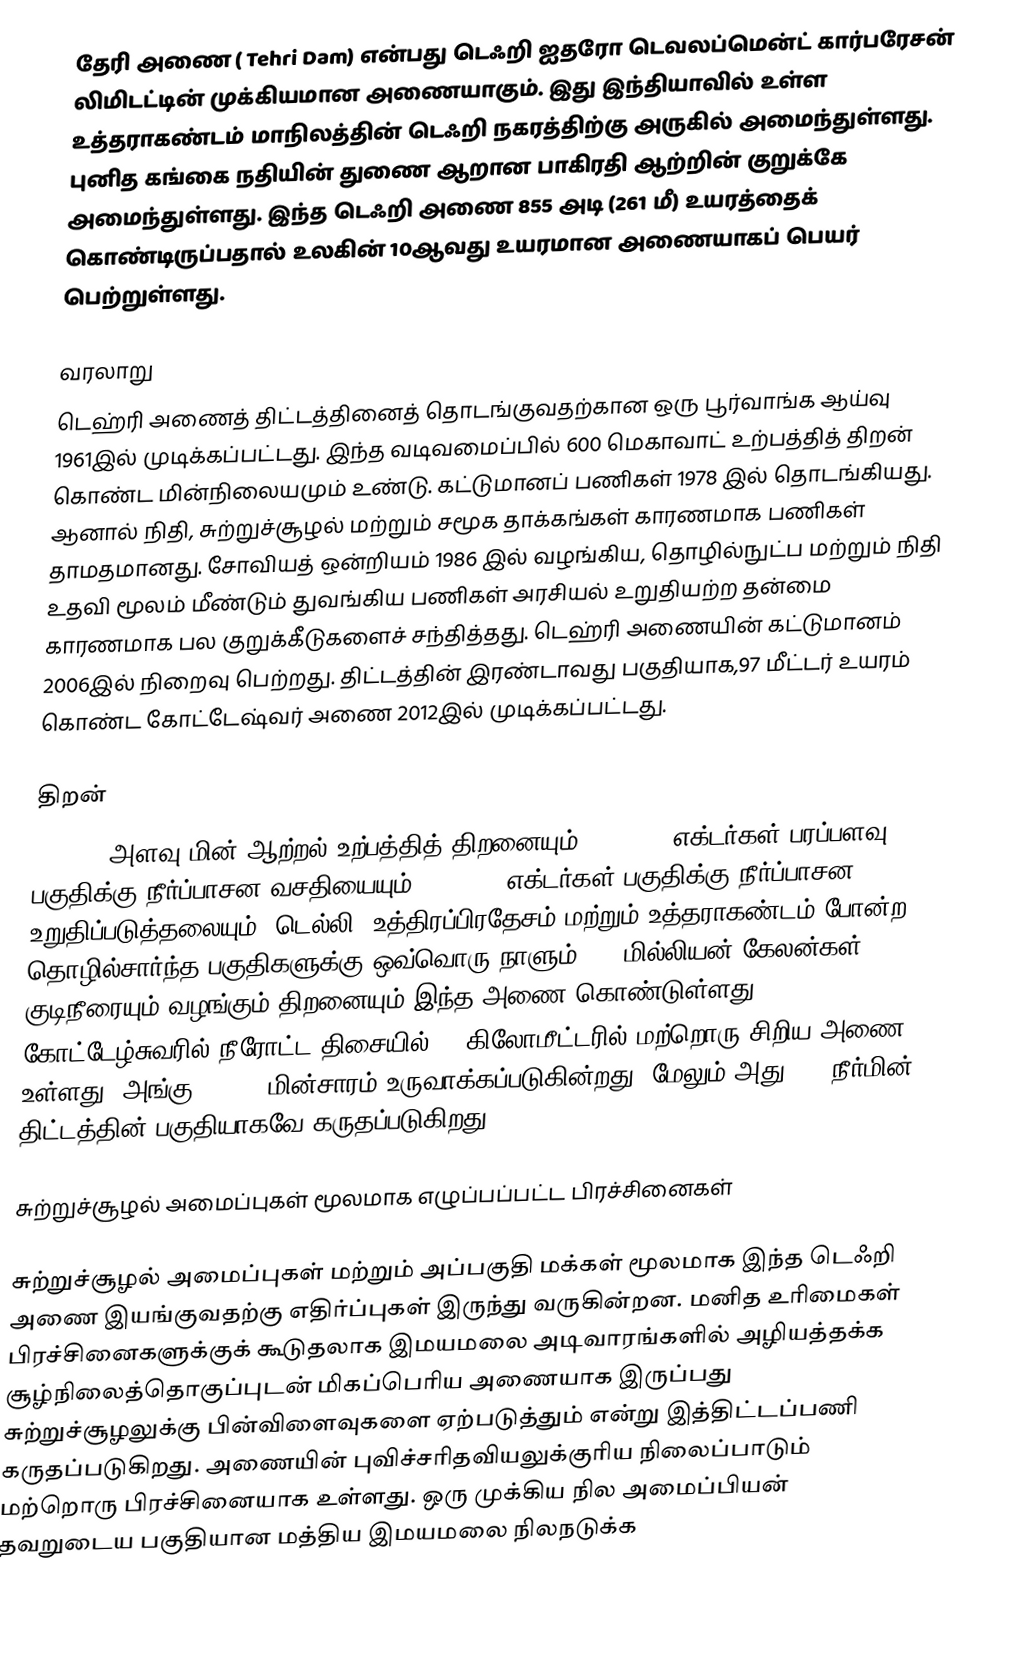
தேரி அணை ( Tehri Dam) என்பது டெஃறி ஐதரோ டெவலப்மென்ட் கார்பரேசன் லிமிடட்டின் முக்கியமான அணையாகும். இது இந்தியாவில் உள்ள உத்தராகண்டம் மாநிலத்தின் டெஃறி நகரத்திற்கு அருகில் அமைந்துள்ளது. புனித கங்கை நதியின் துணை ஆறான  பாகிரதி ஆற்றின் குறுக்கே அமைந்துள்ளது. இந்த டெஃறி அணை 855 அடி (261 மீ) உயரத்தைக் கொண்டிருப்பதால் உலகின் 10ஆவது உயரமான அணையாகப் பெயர் பெற்றுள்ளது.

வரலாறு
டெஹ்ரி அணைத் திட்டத்தினைத் தொடங்குவதற்கான ஒரு பூர்வாங்க ஆய்வு 1961இல் முடிக்கப்பட்டது. இந்த வடிவமைப்பில் 600 மெகாவாட் உற்பத்தித் திறன் கொண்ட மின்நிலையமும் உண்டு. கட்டுமானப் பணிகள் 1978 இல் தொடங்கியது. ஆனால் நிதி, சுற்றுச்சூழல் மற்றும் சமூக தாக்கங்கள் காரணமாக பணிகள் தாமதமானது. சோவியத் ஒன்றியம் 1986 இல் வழங்கிய, தொழில்நுட்ப மற்றும் நிதி உதவி மூலம் மீண்டும் துவங்கிய பணிகள் அரசியல் உறுதியற்ற தன்மை காரணமாக பல குறுக்கீடுகளைச் சந்தித்தது. டெஹ்ரி அணையின் கட்டுமானம் 2006இல் நிறைவு பெற்றது. திட்டத்தின் இரண்டாவது பகுதியாக,97 மீட்டர் உயரம் கொண்ட  கோட்டேஷ்வர் அணை 2012இல் முடிக்கப்பட்டது.

திறன்
2400 MW அளவு மின் ஆற்றல் உற்பத்தித் திறனையும், 270,000 எக்டர்கள் பரப்பளவு பகுதிக்கு நீர்ப்பாசன வசதியையும், 600,000 எக்டர்கள் பகுதிக்கு நீர்ப்பாசன உறுதிப்படுத்தலையும், டெல்லி, உத்திரப்பிரதேசம் மற்றும் உத்தராகண்டம் போன்ற தொழில்சார்ந்த பகுதிகளுக்கு ஒவ்வொரு நாளும் 270 மில்லியன் கேலன்கள் குடிநீரையும் வழங்கும் திறனையும் இந்த அணை கொண்டுள்ளது. கோட்டேழ்சுவரில் நீரோட்ட திசையில் 14 கிலோமீட்டரில் மற்றொரு சிறிய அணை உள்ளது. அங்கு 400 MW மின்சாரம் உருவாக்கப்படுகின்றது. மேலும் அது TDP நீர்மின் திட்டத்தின் பகுதியாகவே கருதப்படுகிறது.

சுற்றுச்சூழல் அமைப்புகள் மூலமாக எழுப்பப்பட்ட பிரச்சினைகள்

சுற்றுச்சூழல் அமைப்புகள் மற்றும் அப்பகுதி மக்கள் மூலமாக இந்த டெஃறி அணை இயங்குவதற்கு எதிர்ப்புகள் இருந்து வருகின்றன. மனித உரிமைகள் பிரச்சினைகளுக்குக் கூடுதலாக இமயமலை அடிவாரங்களில் அழியத்தக்க சூழ்நிலைத்தொகுப்புடன் மிகப்பெரிய அணையாக இருப்பது சுற்றுச்சூழலுக்கு பின்விளைவுகளை ஏற்படுத்தும் என்று இத்திட்டப்பணி கருதப்படுகிறது. அணையின் புவிச்சரிதவியலுக்குரிய நிலைப்பாடும் மற்றொரு பிரச்சினையாக உள்ளது. ஒரு முக்கிய நில அமைப்பியன் தவறுடைய பகுதியான மத்திய இமயமலை நிலநடுக்க